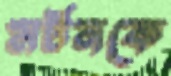
মর্টনকে